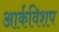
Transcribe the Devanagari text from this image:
आर्कविशप